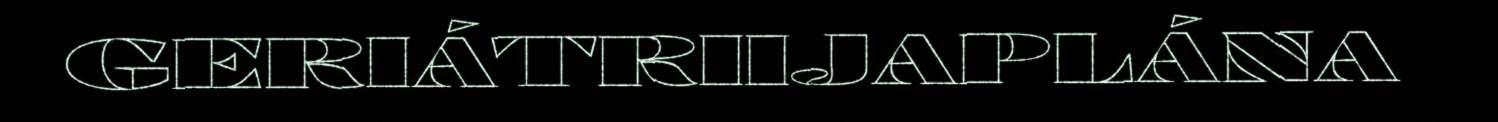
GERIÁTRIIJAPLÁNA